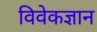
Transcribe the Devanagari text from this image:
विवेकज्ञान